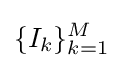
\{I_{k}\}_{k=1}^{M}